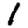
Digit: 1